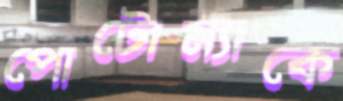
পোটোম্যাকে